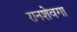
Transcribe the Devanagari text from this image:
रानशेवगा